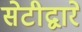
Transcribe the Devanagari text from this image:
सेटीद्वारे